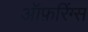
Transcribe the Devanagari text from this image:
ऑफ़रिंग्स